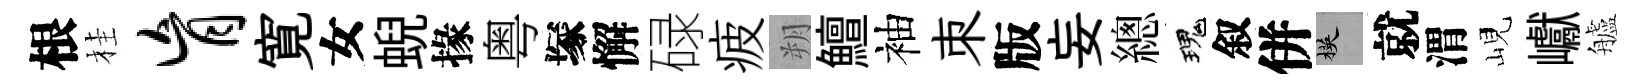
根桂肓寛女蜺掾粤塚懈碌疲朔鱣袖朿版妄總瑰叙併楧就渭峴巘艫